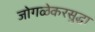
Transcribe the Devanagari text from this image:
जोगळेकरसुद्धा